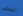
نسحب